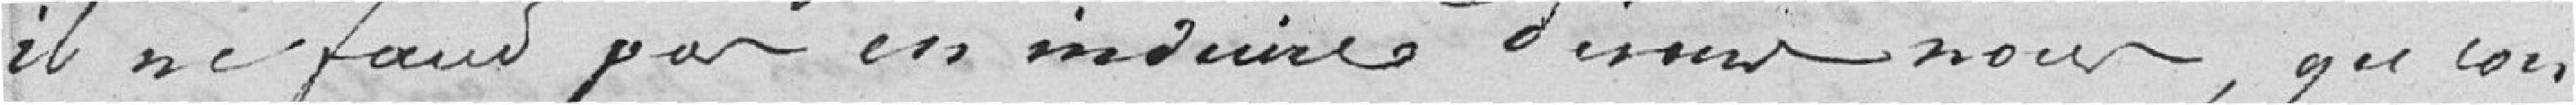
il ne faut pas en induire, dirons nous, que l'on